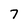
Character: 7